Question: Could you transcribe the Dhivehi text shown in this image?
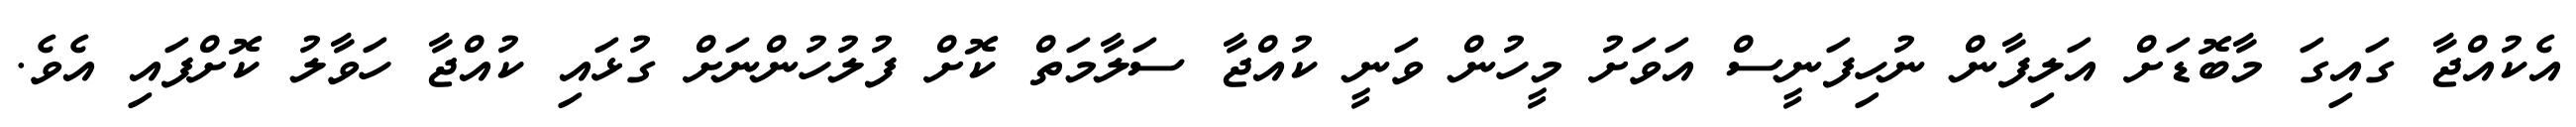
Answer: އެކުއްޖާ ގައިގަ މާބޮޑަށް އަލިފާން ނުހިފަނީސް އަވަށު މީހުން ވަނީ ކުއްޖާ ސަލާމަތް ކޮށް ފުލުހުންނަށް ގުޅައި ކުއްޖާ ހަވާލު ކޮށްފައި އެވެ.